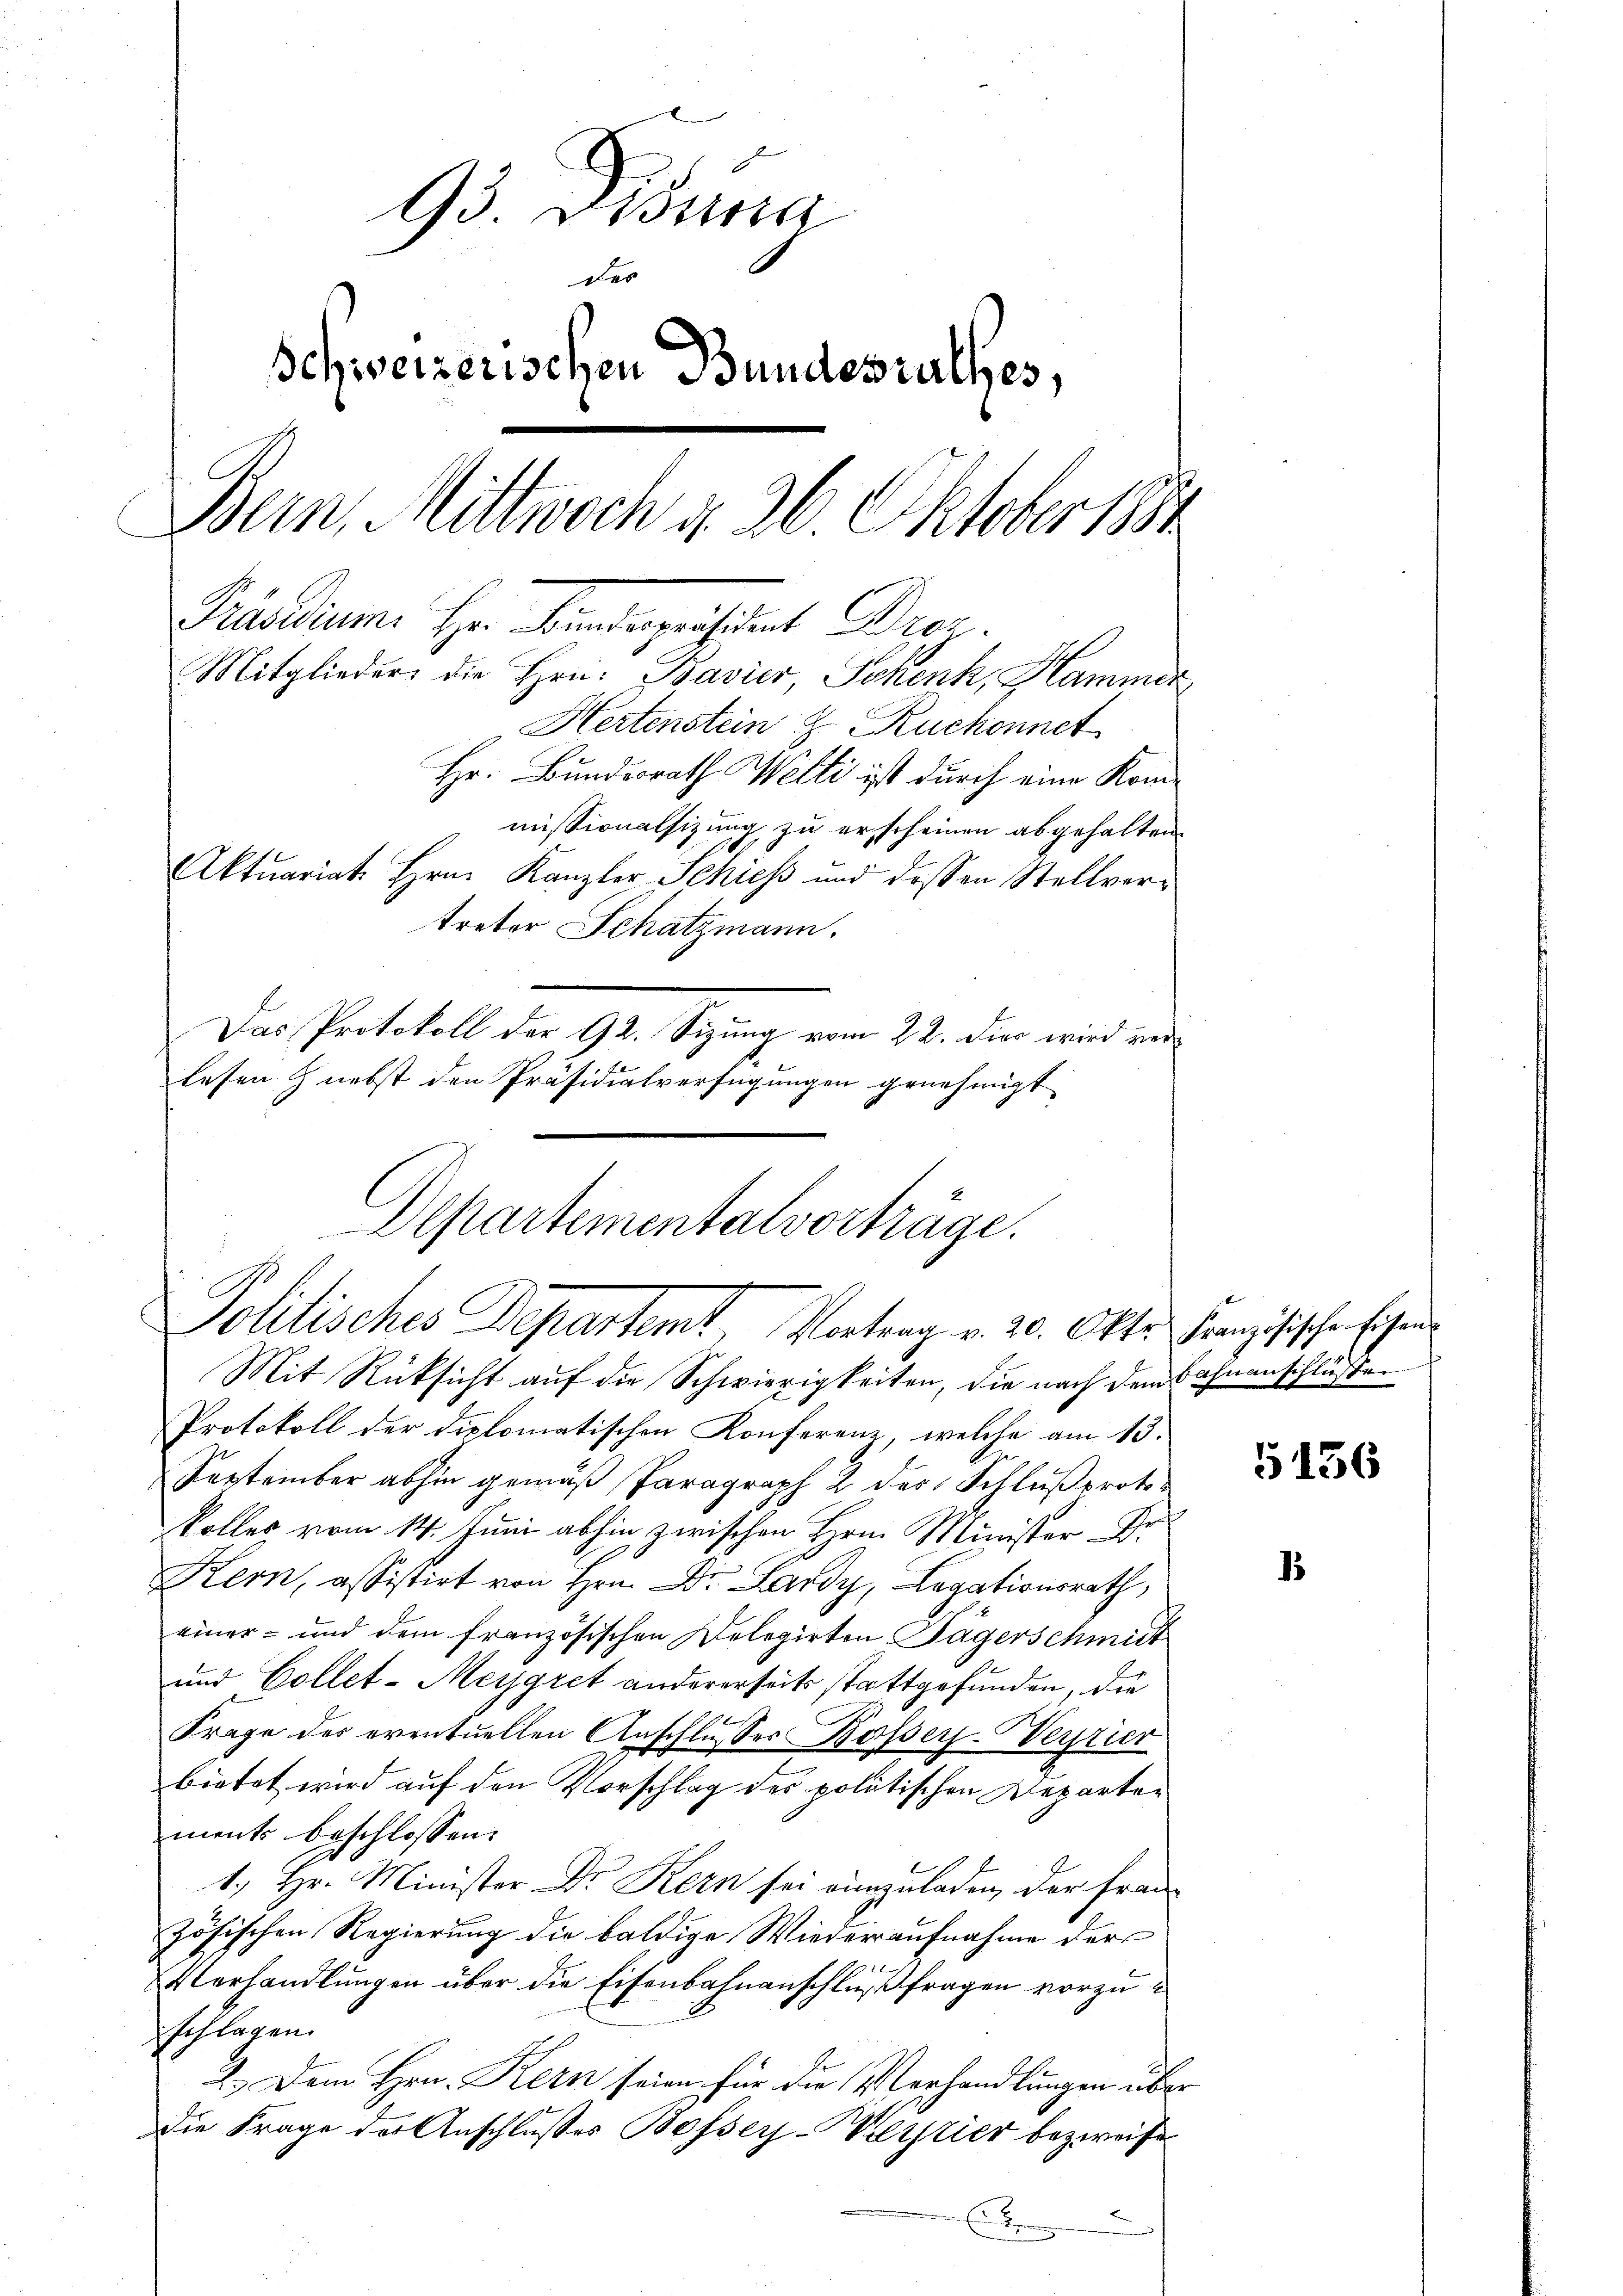
93 Bossa
des
Schweizerischen Bundesrathes,
Bern, Mittwoch d. 26. Oktober 1881
Präsidium Hr. Bunderpräsident Dr.
Mitglieder die Hrn. Bavier, Schenk, Hammer
Hertenstein & Ruchonnet
Hr. Bundesrath Welti ist durch eine Kommissionalsizung zu erscheinen abgehalten
Aktuariat Hrn. Kanzler Schiess und dessen Stellver-
treter Schatzmann.
Das Protokoll der 92. Sizung vom 22. Dies wird verlesen & nebst den Präsidialverfügungen genehmigt

Departementalvorträge.
Politisches Departemt, Vortrag v. 20. Okto Französischen Eichens
Mit Rücksicht auf die Schwierigkeiten, die nach dem Bahnanschlüßen

Protokoll der diplomatischen Konferenz, welche am 13.
September abhin gemäß Paragraph 2 des Schlußprotokolles vom 14. Juni abhin zwischen Hrn. Minister Dr.
Kern, assistirt von Hrn. Dr. Lardy, Legationsrath,
einer- und dem französischen Delegirten Tägerschmit
und Collet-Meygret andererseits stattgefunden, die
Frage des eventuellen Anschlusses Basser-Werrier
bietet wird auf den Vorschlag des politischen Departer
ments beschlossen:
1.) Hr. Minister Dr Kern sei einzuladen, der französischen Regierung die baldige Wiederaufnahme der

terhandlungen über die Eisenbahnanschluß fragen vorzuschlagen.
2.) Dem Hrn. Kern seien für die Verhandlungen über
Die Frage der Anschlußes Bosser-Verstier bezweife
Es

5156

1